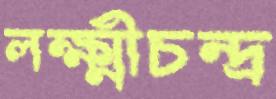
লক্ষ্মীচন্দ্র